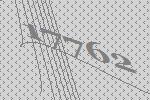
17762